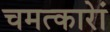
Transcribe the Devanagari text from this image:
चमत्कारेां